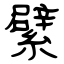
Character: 繴